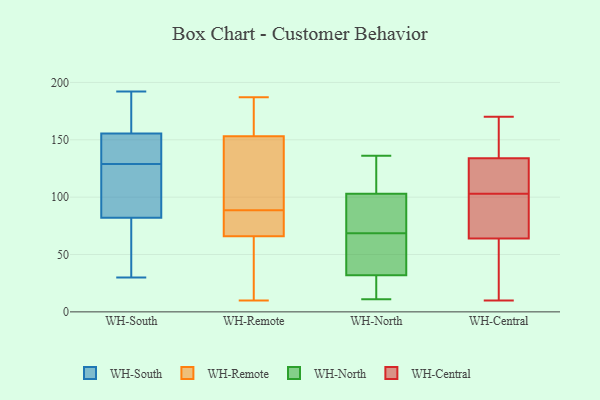
{"axis": {"x": "Budget (USD K)", "y": "Value"}, "legend": ["WH-Central", "WH-North", "WH-Remote", "WH-South"], "data": [{"x": "", "y": 147, "type": "WH-South"}, {"x": "", "y": 174, "type": "WH-South"}, {"x": "", "y": 83, "type": "WH-South"}, {"x": "", "y": 118, "type": "WH-South"}, {"x": "", "y": 136, "type": "WH-South"}, {"x": "", "y": 152, "type": "WH-South"}, {"x": "", "y": 192, "type": "WH-South"}, {"x": "", "y": 129, "type": "WH-South"}, {"x": "", "y": 69, "type": "WH-South"}, {"x": "", "y": 121, "type": "WH-South"}, {"x": "", "y": 79, "type": "WH-South"}, {"x": "", "y": 30, "type": "WH-South"}, {"x": "", "y": 166, "type": "WH-South"}, {"x": "", "y": 64, "type": "WH-Remote"}, {"x": "", "y": 12, "type": "WH-Remote"}, {"x": "", "y": 83, "type": "WH-Remote"}, {"x": "", "y": 117, "type": "WH-Remote"}, {"x": "", "y": 149, "type": "WH-Remote"}, {"x": "", "y": 89, "type": "WH-Remote"}, {"x": "", "y": 187, "type": "WH-Remote"}, {"x": "", "y": 91, "type": "WH-Remote"}, {"x": "", "y": 167, "type": "WH-Remote"}, {"x": "", "y": 10, "type": "WH-Remote"}, {"x": "", "y": 68, "type": "WH-Remote"}, {"x": "", "y": 171, "type": "WH-Remote"}, {"x": "", "y": 157, "type": "WH-Remote"}, {"x": "", "y": 88, "type": "WH-Remote"}, {"x": "", "y": 86, "type": "WH-Remote"}, {"x": "", "y": 37, "type": "WH-Remote"}, {"x": "", "y": 47, "type": "WH-North"}, {"x": "", "y": 38, "type": "WH-North"}, {"x": "", "y": 101, "type": "WH-North"}, {"x": "", "y": 71, "type": "WH-North"}, {"x": "", "y": 32, "type": "WH-North"}, {"x": "", "y": 70, "type": "WH-North"}, {"x": "", "y": 11, "type": "WH-North"}, {"x": "", "y": 32, "type": "WH-North"}, {"x": "", "y": 111, "type": "WH-North"}, {"x": "", "y": 67, "type": "WH-North"}, {"x": "", "y": 30, "type": "WH-North"}, {"x": "", "y": 126, "type": "WH-North"}, {"x": "", "y": 103, "type": "WH-North"}, {"x": "", "y": 136, "type": "WH-North"}, {"x": "", "y": 107, "type": "WH-Central"}, {"x": "", "y": 138, "type": "WH-Central"}, {"x": "", "y": 143, "type": "WH-Central"}, {"x": "", "y": 10, "type": "WH-Central"}, {"x": "", "y": 19, "type": "WH-Central"}, {"x": "", "y": 110, "type": "WH-Central"}, {"x": "", "y": 58, "type": "WH-Central"}, {"x": "", "y": 101, "type": "WH-Central"}, {"x": "", "y": 50, "type": "WH-Central"}, {"x": "", "y": 130, "type": "WH-Central"}, {"x": "", "y": 128, "type": "WH-Central"}, {"x": "", "y": 82, "type": "WH-Central"}, {"x": "", "y": 73, "type": "WH-Central"}, {"x": "", "y": 70, "type": "WH-Central"}, {"x": "", "y": 163, "type": "WH-Central"}, {"x": "", "y": 105, "type": "WH-Central"}, {"x": "", "y": 170, "type": "WH-Central"}, {"x": "", "y": 37, "type": "WH-Central"}, {"x": "", "y": 160, "type": "WH-Central"}, {"x": "", "y": 90, "type": "WH-Central"}]}